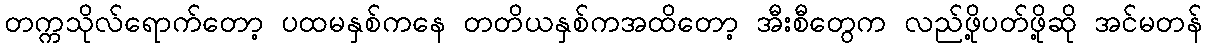
တက္ကသိုလ်ရောက်တော့ ပထမနှစ်ကနေ တတိယနှစ်ကအထိတော့ အီးစီတွေက လည်ဖို့ပတ်ဖို့ဆို အင်မတန်